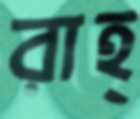
রাহ্